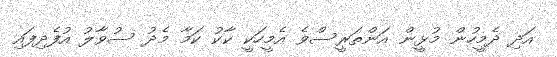
އަދި ދެމީހުން މުޅީން އަންތަރީސްވެ އެމީހަކީ ކާކު ކަމާ މެދު ސުވާލު އުފެދިފައި